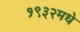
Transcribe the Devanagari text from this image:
१९३२मधे